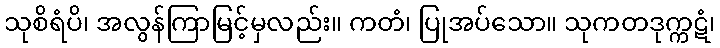
သုစိရံပိ၊ အလွန်ကြာမြင့်မှလည်း။ ကတံ၊ ပြုအပ်သော။ သုကတဒုက္ကဋံ၊